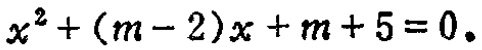
\(x^{2}+(m - 2)x + m + 5 = 0\)